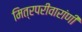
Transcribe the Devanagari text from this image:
मित्रपरीवारांणी